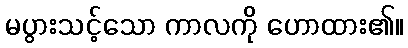
မပွားသင့်သော ကာလကို ဟောထား၏။